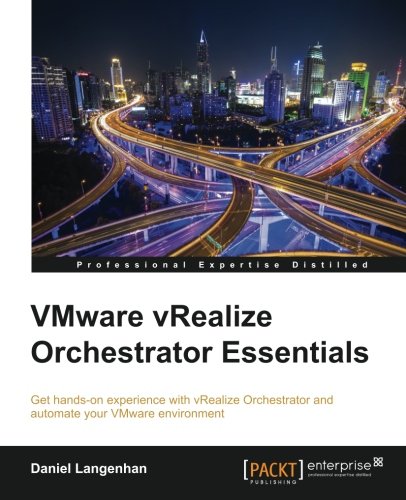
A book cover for VMware vRealize Orchestrator Essentials; Daniel Langenhan; Computers & Technology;